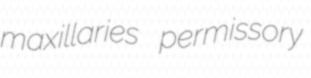
maxillaries permissory